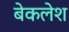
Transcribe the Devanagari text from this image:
बेकलेश